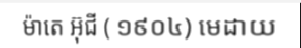
ម៉ាតេ អ៊ុជី ( ១៩០៤) មេដាយ